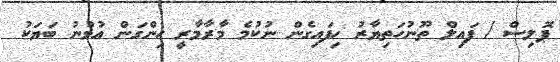
ޕޮލިސް / ފައިލް ތޫނުހަތިޔާރު ހިފައިގެން ނުކުމެ މާރާމާރީ ހިންގަން އުޅުނު ބަޔަކު